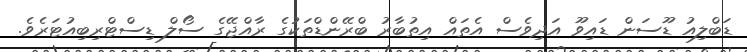
ޑަބްލިއު ޑޫސަން ޑައިވޫ އަދިވެސް އެތައް އިތުބާރު ބްރޭންޑްތަކުގެ ރާއްޖޭގެ ސޯލް ޑިސްޓްރިބިއުޓަރެވެ.